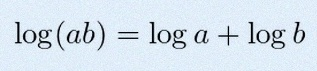
\log(ab)=\log a+\log b